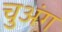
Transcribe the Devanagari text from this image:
चुअंग